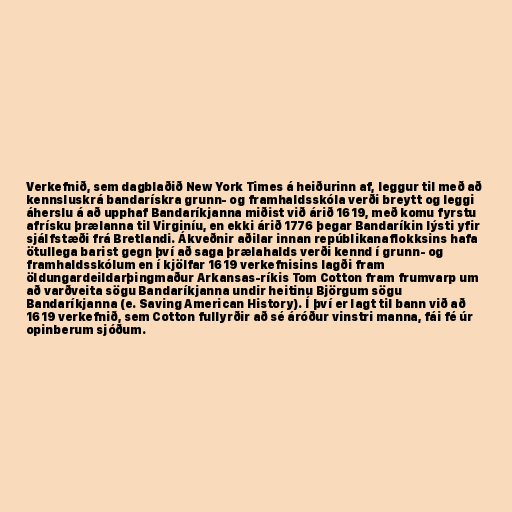
Verkefnið, sem dagblaðið New York Times á heiðurinn af, leggur til með að
kennsluskrá bandarískra grunn- og framhaldsskóla verði breytt og leggi
áherslu á að upphaf Bandaríkjanna miðist við árið 1619, með komu fyrstu
afrísku þrælanna til Virginíu, en ekki árið 1776 þegar Bandaríkin lýsti yfir
sjálfstæði frá Bretlandi. Ákveðnir aðilar innan repúblikanaflokksins hafa
ötullega barist gegn því að saga þrælahalds verði kennd í grunn- og
framhaldsskólum en í kjölfar 1619 verkefnisins lagði fram
öldungardeildarþingmaður Arkansas-ríkis Tom Cotton fram frumvarp um
að varðveita sögu Bandaríkjanna undir heitinu Björgum sögu
Bandaríkjanna (e. Saving American History). Í því er lagt til bann við að
1619 verkefnið, sem Cotton fullyrðir að sé áróður vinstri manna, fái fé úr
opinberum sjóðum.